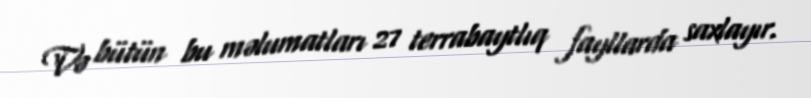
Və bütün bu məlumatları 27 terrabaytlıq fayllarda saxlayır.